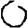
Digit: 0